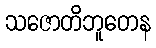
သဇောတိဘူတေန